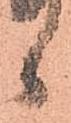
候